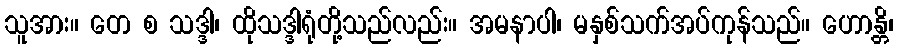
သူအား။ တေ စ သဒ္ဒါ၊ ထိုသဒ္ဒါရုံတို့သည်လည်း။ အမနာပါ၊ မနှစ်သက်အပ်ကုန်သည်။ ဟောန္တိ၊